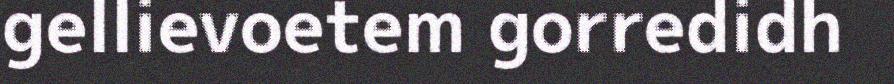
gellievoetem gorredidh